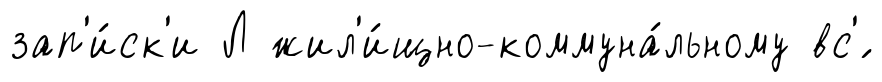
зап'и́ск'и Л жил'и́щно-коммуна́льному вс'́